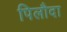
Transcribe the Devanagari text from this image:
पिलौदा